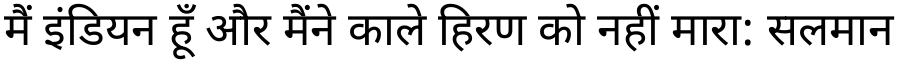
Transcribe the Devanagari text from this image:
मैं इंडियन हूँ और मैंने काले हिरण को नहीं मारा: सलमान